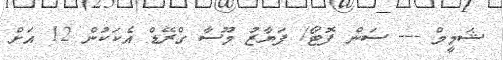
ޝަމީމް --- ސަން ފޮޓޯ/ ފަޔާޒު މޫސާ ގްރޭޑް އެކަކުން 12 އަށް